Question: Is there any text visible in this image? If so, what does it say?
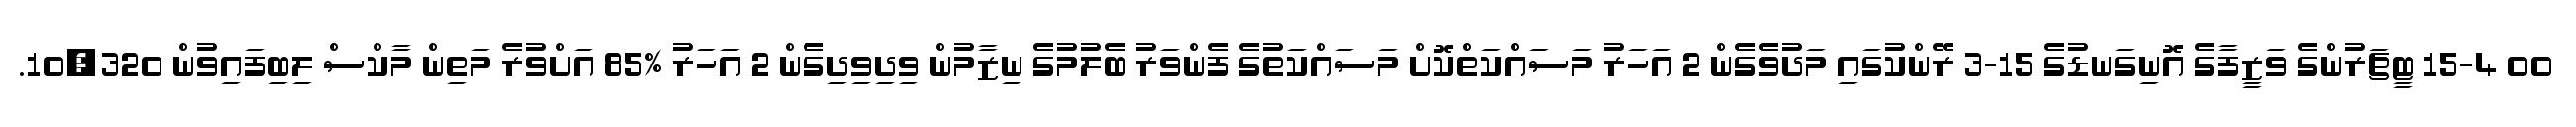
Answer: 00 15-4 ޓީޗަރުންގެ ވަޒީފާގެ އޮނިގަނޑުގެ 15-3 ރޭންކުގައި މަދުވެގެން 2 އަހަރު މަސައްކަތްކޮށް މަސައްކަތުގެ ފެންވަރު ބެލުމުގެ ނިޒާމުން ވިދިވިދިގެން 2 އަހަރު %85 އަށްވުރެ މަތިން މާކްސް ލިބިފައިވުން 10,320.